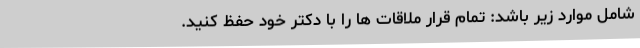
شامل موارد زیر باشد: تمام قرار ملاقات ها را با دکتر خود حفظ کنید.